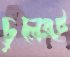
চুলেরই